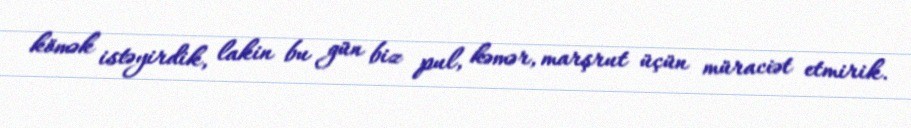
kömək istəyirdik, lakin bu gün biz pul, kəmər, marşrut üçün müraciət etmirik.